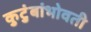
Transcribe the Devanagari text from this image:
कुटुंबांभोवती